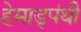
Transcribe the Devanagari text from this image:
हेमाड्पंथी